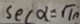
s e c \alpha = \sqrt { 1 0 }